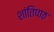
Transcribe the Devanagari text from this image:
शांतिपाठ